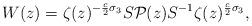
LaTeX: \begin{align*}W(z)=\zeta(z)^{-\frac{c}{2}\sigma_3}S\mathcal{P}(z)S^{-1}\zeta(z)^{\frac{c}{2}\sigma_3},\end{align*}